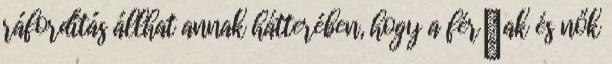
ráfordítás állhat annak hátterében, hogy a férﬁak és nők